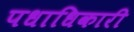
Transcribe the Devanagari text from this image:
पधाधिकारी